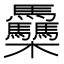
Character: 䯂